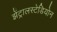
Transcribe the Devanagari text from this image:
झेंट्रालस्टेडियोन